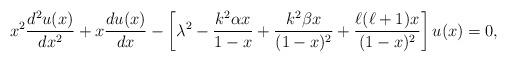
LaTeX: \begin{align*}x^2\frac{d^2u(x)}{dx^2}+x\frac{du(x)}{dx}-\left[\lambda^2-\frac{k^2\alpha x}{1-x}+\frac{k^2\beta x}{(1-x)^2}+\frac{\ell(\ell+1)x}{(1-x)^2}\right]u(x)=0,\end{align*}